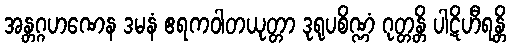
အန္တဂ္ဂဟဏေန ဒမနံ ဧရကဝါတယုတ္တာ ဒုရုပစိဏ္ဏံ ဂုတ္တန္တိ ပါဋိဟီရန္တိ